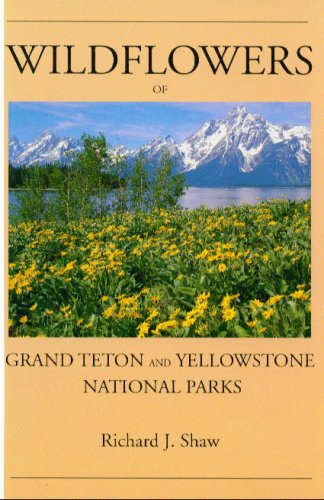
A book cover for Wildflowers of Grand Teton and Yellowstone National Parks; Richard J. Shaw; Crafts, Hobbies & Home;